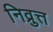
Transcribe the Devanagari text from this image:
निव्रुत्त